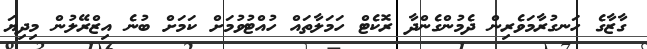
ގާޒާގެ ހަނގުރާމަވެރިން ދެމުންގެންދާ ރޮކެޓް ހަމަލާތައް ހުއްޓުވުމަށް ކަމަށް ބުނެ އިޒްރޭލުން މިދިޔަ